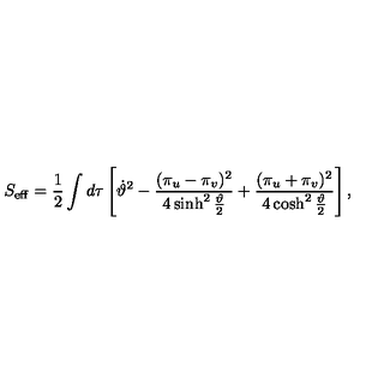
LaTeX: S _ { { \mathrm { e f f } } } = \frac 1 2 \int d \tau \left[ \dot { \vartheta } ^ { 2 } - \frac { ( \pi _ { u } - \pi _ { v } ) ^ { 2 } } { 4 \sinh ^ { 2 } \frac { \vartheta } { 2 } } + \frac { ( \pi _ { u } + \pi _ { v } ) ^ { 2 } } { 4 \cosh ^ { 2 } \frac { \vartheta } { 2 } } \right] ,